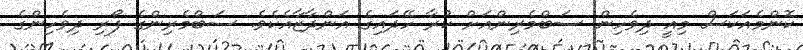
ކޮންމެއަކަސް މިއީ ދިވެހިން ސަބްމެރިންއަށް ކުރާ ހޭދައިގެ އަންދާޒާއެކެވެ. ސަބްމެރިންގެ ފޯރި ދިވެހިންގެ